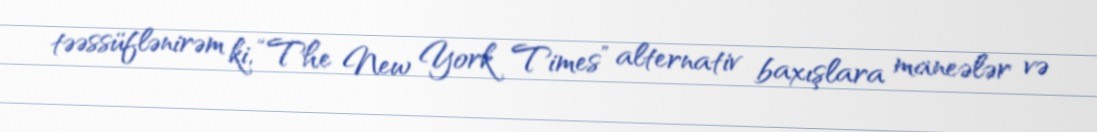
təəssüflənirəm ki, “The New York Times” alternativ baxışlara maneələr və